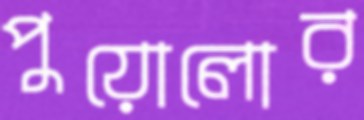
পুয়োলোর